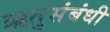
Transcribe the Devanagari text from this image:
ऋतुसंबंधी